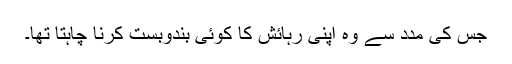
جس کی مدد سے وہ اپنی رہائش کا کوئی بندوبست کرنا چاہتا تھا۔